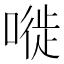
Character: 嘥